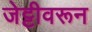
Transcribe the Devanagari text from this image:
जेट्टीवरून